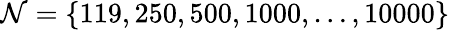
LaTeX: \mathcal{N}=\{ 119,250,500,1000,\dots,10000\}